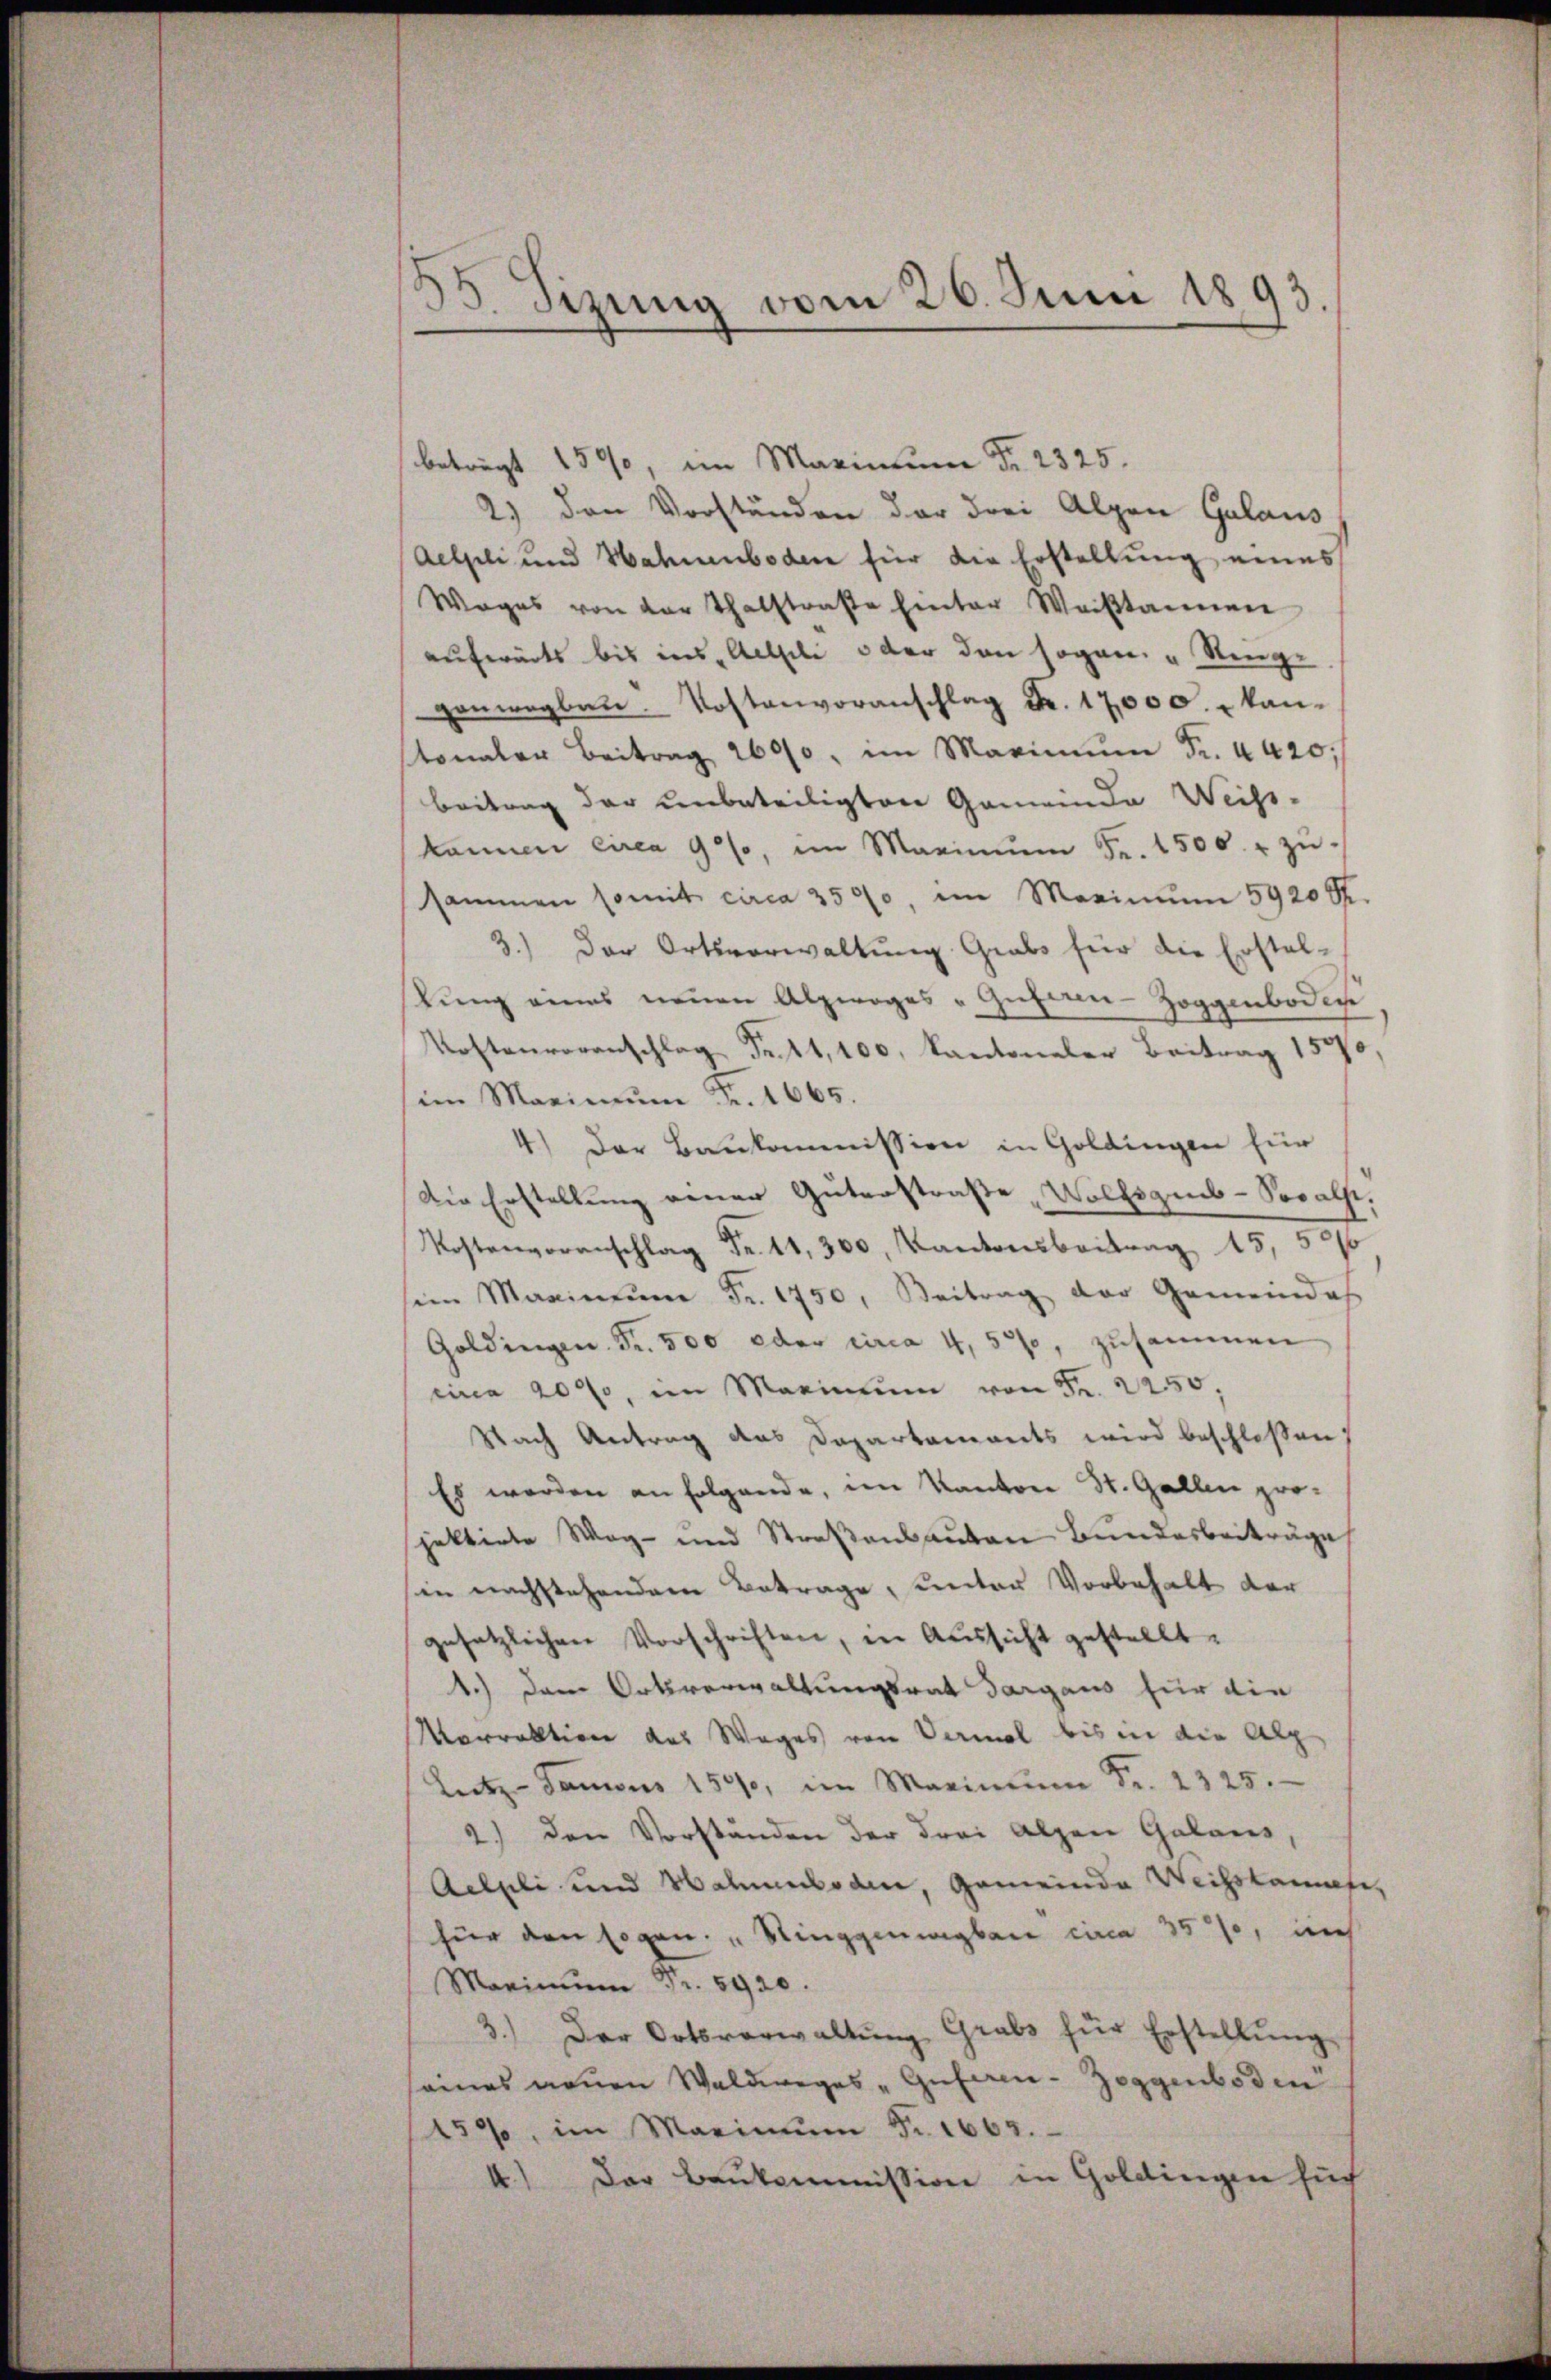
d
33. Sizung vom 26. Juni 1893

beträgt 1590, im Marianum Fr. 2325.
2.) den Vorständen der drei Alpen Galaus
Aelpli und Hahnenboden für die Erstellung eines
Woges von der Thatstraβe Einter Weiβtannen
aufwärts bis ins Actsili oder den sogen. " Ringe
genwegbau. Kostenvoranschlag Fr. 17,000. - kantonaler Beitrag 2600, im Maximum Fr. 4420.
beitrag der unbeteiligten Gemeinde Weiss-
können circa 9 %, im Maximŭm Fr. 1500. r zŭ
sammen somit circa 3500, im Maximŭm 5920 R.
3.) Der Ortsverwaltung Grabs für die Erstel-
tung eines neuen Alpwoges „Gutern-Zoggenboden
Kostenvoranschlag Fr. 11,100, Kantonaler Beitrag 15570,
im Maximŭm Fr. 1665.
4.) Der Baukommission in Goldingen für
Die Erstellung dener Güterstraße Wolfsqub-Soracht.
.
sein Maximŭm Fr. 1750, Beitrag der Gemeindes
Goldingen. Fr. 500 oder circa 4, 550, zusammen
circa 2000, im Marinium von Fr. 2250;
Nach Antrag das Departaments wird beschloßen,
Es werden an folgende, im Kanton St. Gallen projektirte Weg- und Straβenbauten Bundesbeiträge
in nachstehendem Betrage, unter Vorbehalt der
gesetzlichen Vorschriften, in Aussicht gestellt.
1.) Dem Ortsverwaltungsrat dargaus für die
Marraktiver das Weges von Vermal bis in die Alp
Letz-Samens 15000, im Maximŭm Fr. 2325.
2.) den Vorstanden der drei Alpen Galans,
Aelpli und Hahnnboden, Gemeinde Weihskanate,
für den sogen. " Ringgenugbare circa 35%, noch
Maximŭm Fr. 5920.
3.) Der Ortsverwaltŭng Grabs für Erstellŭng
seines neuen Waldweges „Guferen-Zeggenboden
450, im Marinum Fr. 1663.
4.) Der Baukommission in Goldingen such